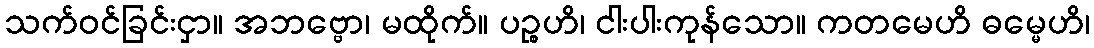
သက်ဝင်ခြင်းငှာ။ အဘဗ္ဗော၊ မထိုက်။ ပဉ္စဟိ၊ ငါးပါးကုန်သော။ ကတမေဟိ ဓမ္မေဟိ၊